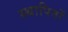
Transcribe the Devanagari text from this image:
स्थापितों